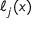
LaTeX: \ell _ { j } ( x )